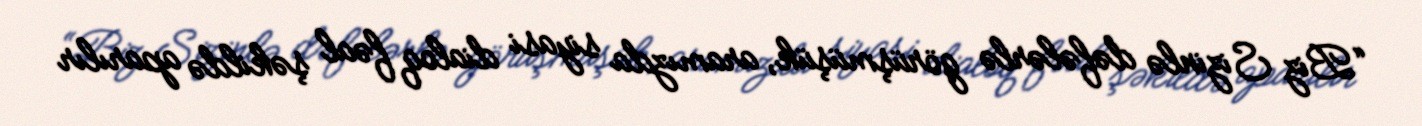
“Biz Sizinlə dəfələrlə görüşmüşük, aramızda siyasi dialoq fəal şəkildə aparılır